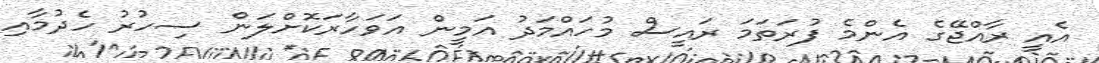
އެއީ ރާއްޖޭގެ އެންމެ ފުރަތަމަ ރައީސް މުހައްމަދު އަމީން އަވަހާރަކޮށްލަން ސިހުރު ހެދުމާއި